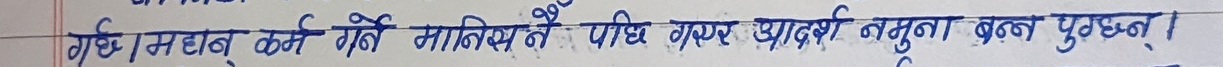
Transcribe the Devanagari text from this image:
गठीनधनु कर्म गर्ने मानिसहॅैँ पछि गएर आदर्श नमुना बन्न पुग्छन्।